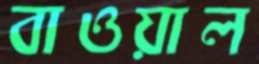
বাওয়াল